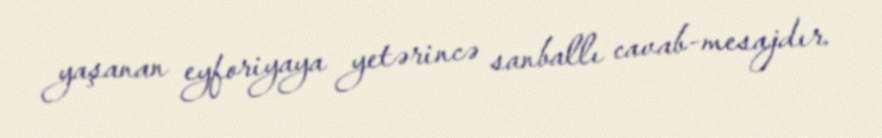
yaşanan eyforiyaya yetərincə sanballı cavab-mesajdır.